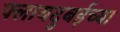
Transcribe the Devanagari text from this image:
फ्लायदुबईच्या